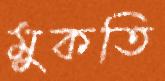
মুকতি